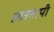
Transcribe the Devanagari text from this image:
ओउतापी